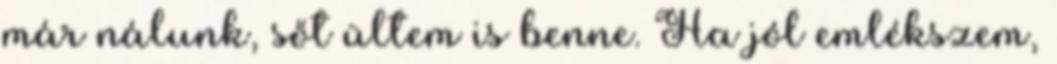
már nálunk, sőt ültem is benne. Ha jól emlékszem,